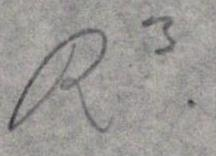
R3.